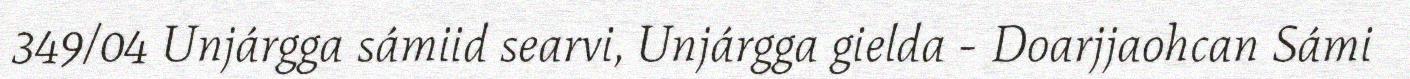
349/04 Unjárgga sámiid searvi, Unjárgga gielda - Doarjjaohcan Sámi